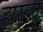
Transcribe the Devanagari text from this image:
हारूत